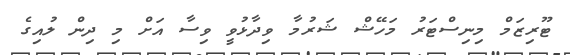
ޓޫރިޒަމް މިނިސްޓަރު މަހޭޝް ޝަރުމާ ވިދާޅުވީ ވިސާ އަށް މި ދިން ލުއިގެ